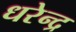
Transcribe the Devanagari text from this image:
धरेन्द्र